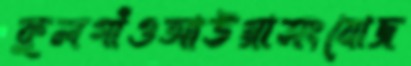
কুলগাঁওআউগ্গাসংযোজ